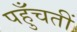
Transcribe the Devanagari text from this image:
पहुँचतीं